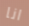
انا